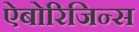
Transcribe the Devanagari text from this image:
ऐबोरिजिन्स